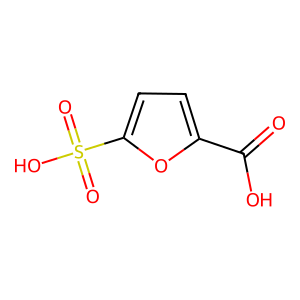
SMILES: O=C(O)c1ccc(S(=O)(=O)O)o1
Inhibits HIV replication: No